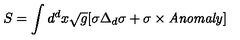
S = \int d ^ { d } x \sqrt { g } [ \sigma \Delta _ { d } \sigma + \sigma \times { \it A n o m a l y } ]